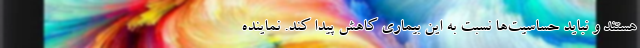
هستند و نباید حساسیت‌ها نسبت به این بیماری کاهش پیدا کند. نماینده